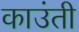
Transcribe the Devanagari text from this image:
काउंती